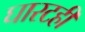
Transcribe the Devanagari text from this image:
घारटही